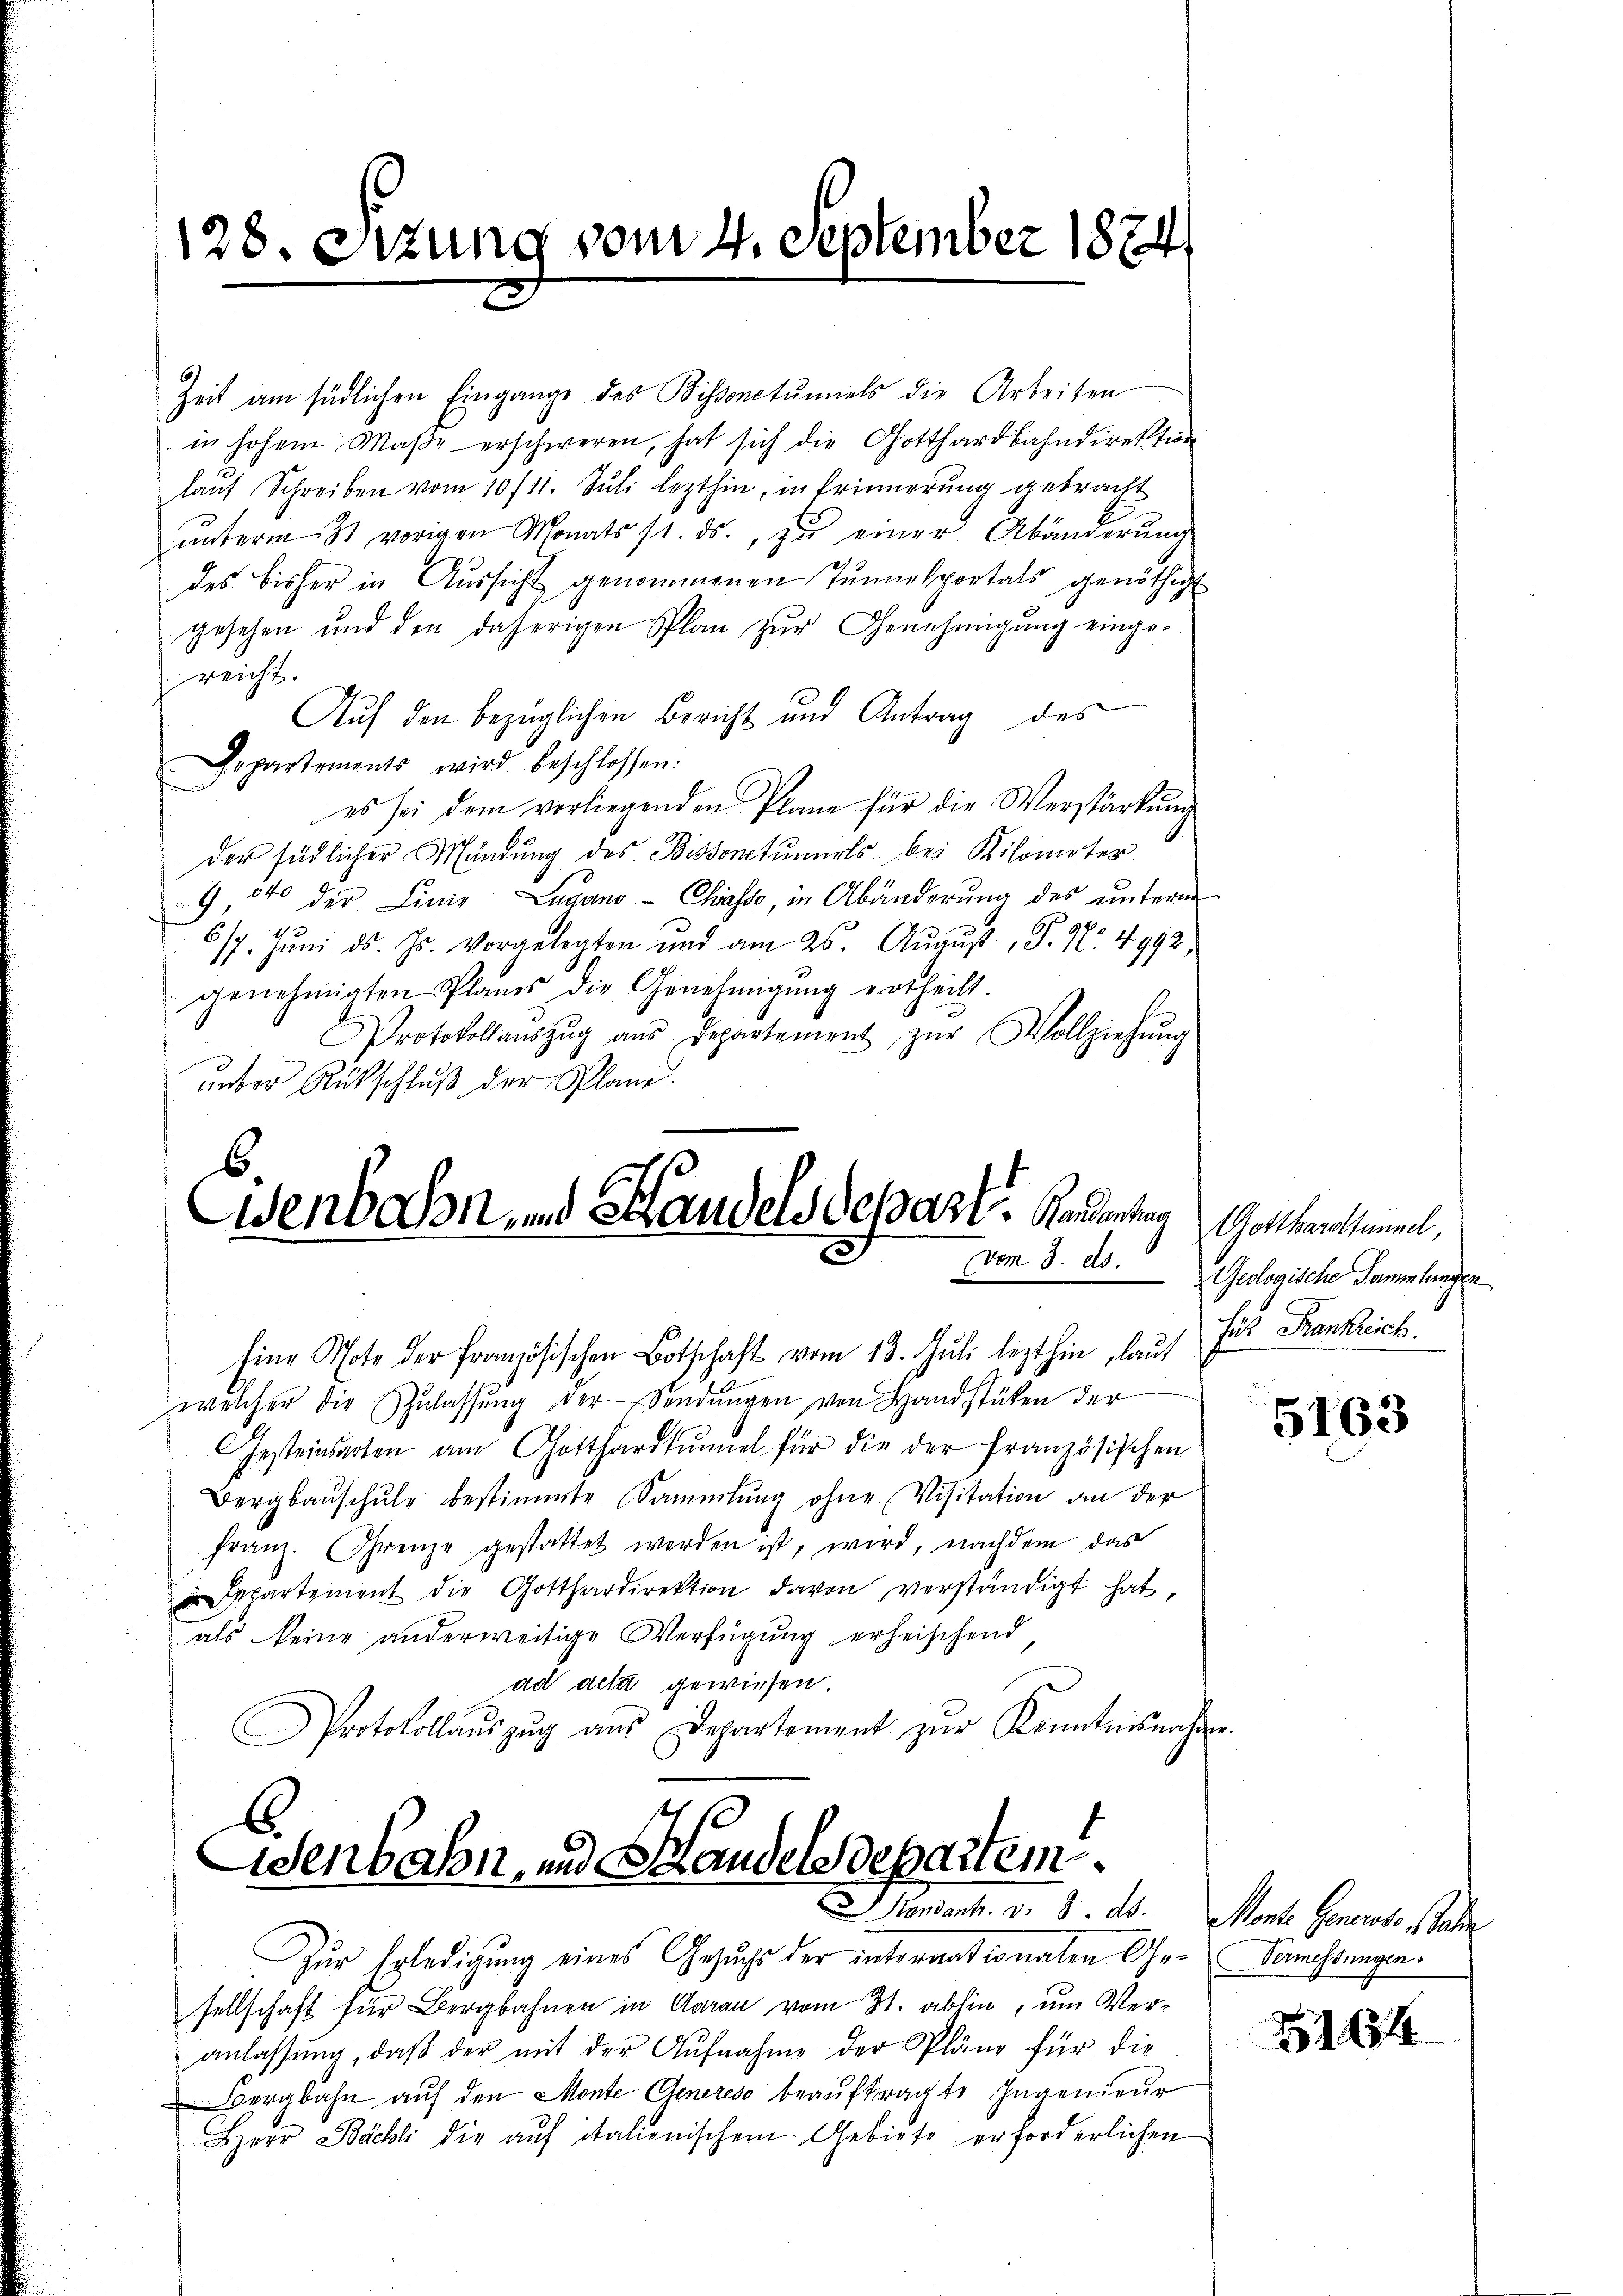
128. Sitzung vom 4. September 1874

Zeit am südlichen Eingange des Bissanctumiels die Arbeiten
in hohem Maβe erschweren, hat sich die Gotthardbahndirektion
laŭf Schreiben vom 10/11. Jŭli lezthin, in Erinnerung gebracht
ŭnterm 31 vorigen Monats st. ds., zu einer Abänderung
des bisher in Aŭssicht genommenen Tunnelportals genöthigt
gesehen und den daherigen Plan zŭr Genehmigung einge-
reicht.
Auf den bezüglichen Bericht und Antrag des
Departements wird beschlossen:
es sei dem vorliegenden Plane für die Verstärkung
der südlicher Mündung des Bissancturels bei Kilometer
G 540 der Linie Lugano- Chasso, in Abänderŭng des ŭnterm
6/7. Juni d. Js. vorgelegten und am 26. August, P. Nr. 4992
genehmigten Planes die Genehmigŭng ertheilt.
Protokollaŭszŭg aŭs Departement zŭr Vollziehŭng
unter Rückschlŭβ der Plane.

Eisenbahn und Handels Depart. Gaueng

denbahn, und Handelsdepartem
andant. v. 8. ds. Monte Generoso Jahre

Eine Note der Französischen Botschaft vom 13. Juli lezthin, lauf Fus Frankreich
welcher die Zulassŭng der Sendungen von Handstücken der
Gesteinsarten am Gotthardtŭmel für die der französischen
Bergbauschŭle bestimmte Sammlung ohne Visitation an der
franz. Grenze gestattet werden ist, wird, nachdem das
u partement die Gotthardirektion davon verständigt hat
als keine anderweitige Verfügung erheischend
ad deta gewiesen.
Protokollaŭszŭg aŭs Departement zŭr Kenntnisnahme.

Gotthardtunnel,
vom 3. ds. Geologische Sammlungen

Zur Erledigung eines Gesuchs der internationalen Ge-Vamessungen.
sellschaft für Bergbahnen in Aarau vom 31. abhin, um Veranlassŭng, daβ der mit der Aŭfnahme der Pläne für die
Bergbahn auf den Monte Generes beauftragte Ingenieur
Herr Bächli die aŭf italienischem Gebiete erforderlichen

5163

184